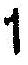
1